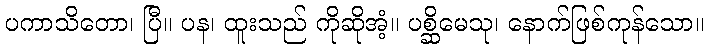
ပကာသိတော၊ ပြီ။ ပန၊ ထူးသည် ကိုဆိုအံ့။ ပစ္ဆိမေသု၊ နောက်ဖြစ်ကုန်သော။